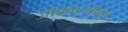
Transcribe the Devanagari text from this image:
आवकजावक